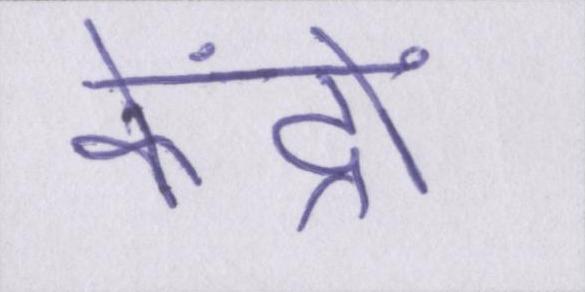
केंद्रों